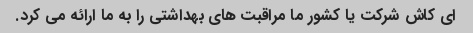
ای کاش شرکت یا کشور ما مراقبت های بهداشتی را به ما ارائه می کرد.